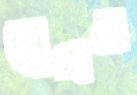
বেগও